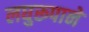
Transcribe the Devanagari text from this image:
लघुरूपाने